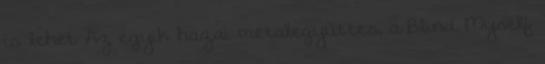
is lehet Az egyik hazai metalegyüttes, a Blind Myself